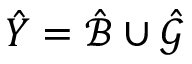
\hat { Y } = \hat { \mathcal B } \cup \hat { \mathcal G }